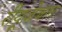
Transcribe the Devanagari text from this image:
रीयूज़ेबल